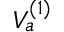
V _ { a } ^ { ( 1 ) }